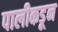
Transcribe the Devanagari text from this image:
पालीकडून